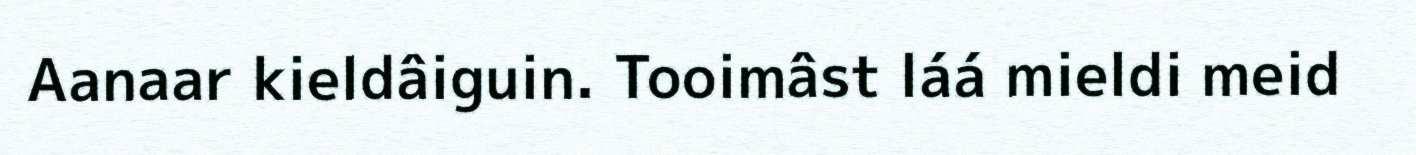
Aanaar kieldâiguin. Tooimâst láá mieldi meid